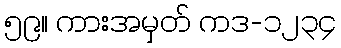
၅၉။ ကားအမှတ် ကဒ-၁၂၃၄